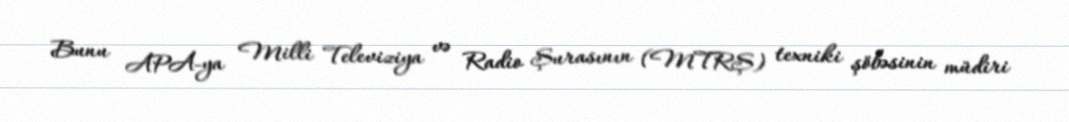
Bunu APA-ya Milli Televiziya və Radio Şurasının (MTRŞ) texniki şöbəsinin müdiri